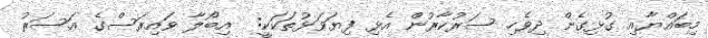
މިބައްޔާއި ގުޅިގެން ދިވެހި ސަރުކާރުން އެޅި ފިޔަވަޅުތަކަކީ:  އިބޯލާ ވަައިރަސްގެ އަސަރު